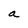
Character: a